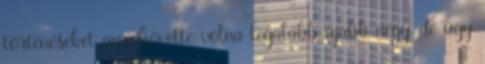
történéseket nem követte volna legalább újabb négy, de úgy